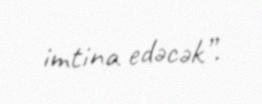
imtina edəcək”.